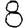
Digit: 8